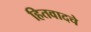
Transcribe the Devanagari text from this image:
हितवादचे